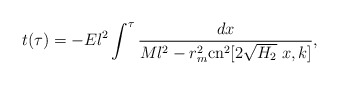
\begin{align*}t(\tau)=-El^2\int^\tau\frac{dx}{Ml^2-r^2_m \mbox{cn}^2[2\sqrt{H_2}\;x,k]},\end{align*}